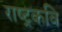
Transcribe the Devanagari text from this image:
राष्‍ट्रकवि